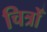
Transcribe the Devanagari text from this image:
चित्रोँ